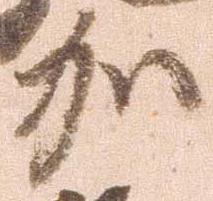
加